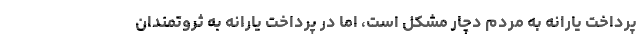
پرداخت یارانه به مردم دچار مشکل است، اما در پرداخت یارانه به ثروتمندان